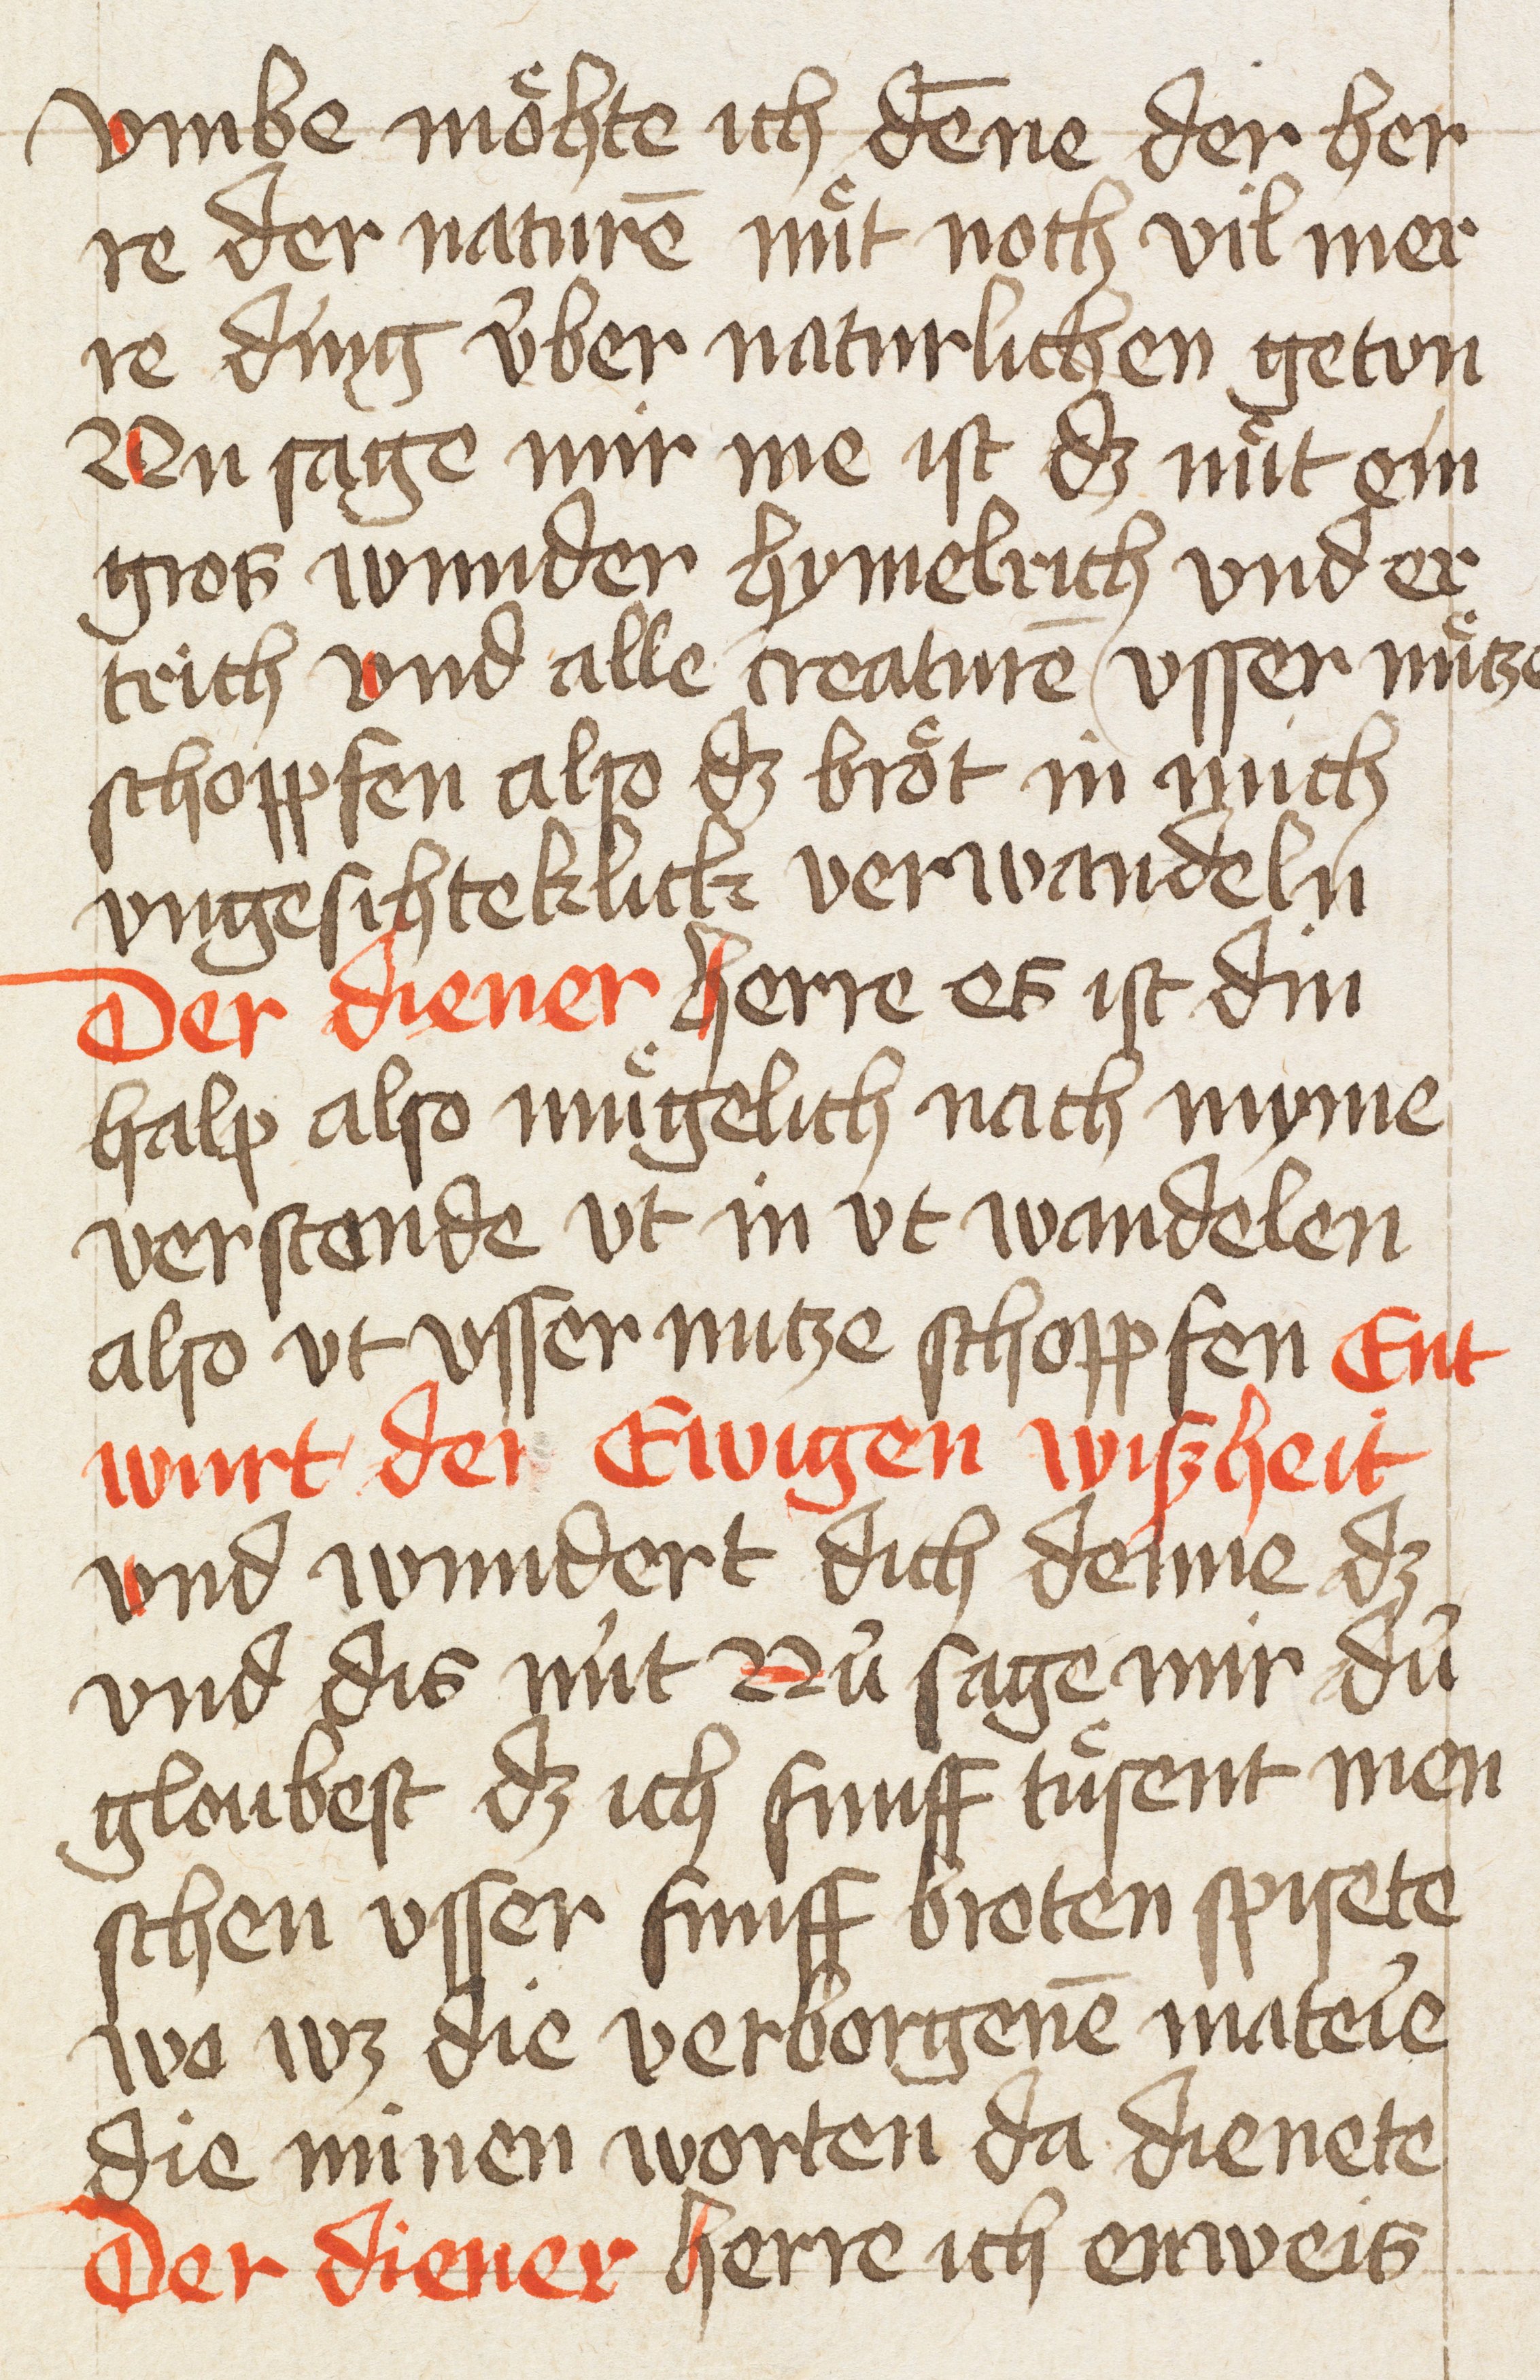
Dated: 1400–1499